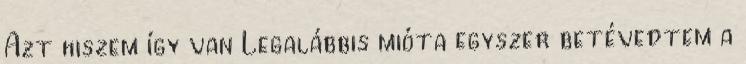
Azt hiszem így van Legalábbis mióta egyszer betévedtem a